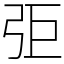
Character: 弡